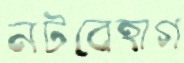
নটবেহাগ